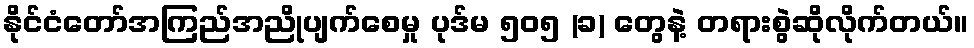
နိုင်ငံတော်အကြည်အညိုပျက်စေမှု ပုဒ်မ ၅၀၅ (ခ) တွေနဲ့ တရားစွဲဆိုလိုက်တယ်။